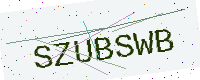
Text: SZUBSWB